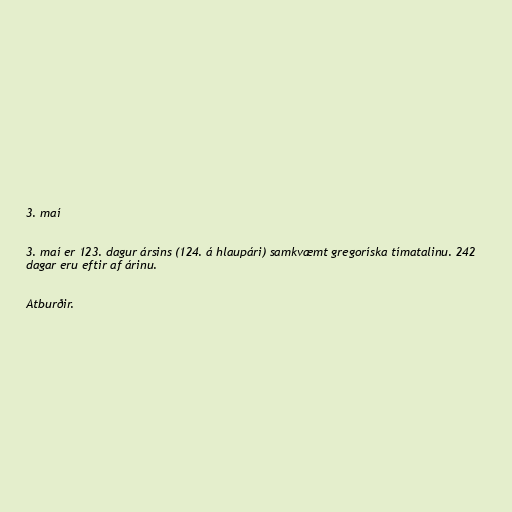
3. maí

3. maí er 123. dagur ársins (124. á hlaupári) samkvæmt gregoríska tímatalinu. 242
dagar eru eftir af árinu.

Atburðir.